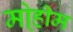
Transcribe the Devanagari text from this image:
मो्हीम